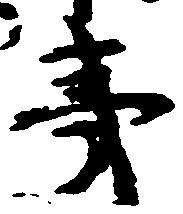
夷